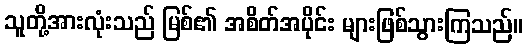
သူတို့အားလုံးသည် မြစ်၏ အစိတ်အပိုင်း များဖြစ်သွားကြသည်။